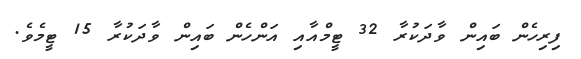
ފިރިހެން ބައިން ވާދަކުރާ 32 ޓީމްއާއި އަންހެން ބައިން ވާދަކުރާ 15 ޓީމެވެ.